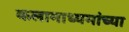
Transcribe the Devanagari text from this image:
कलामाध्यमांच्या